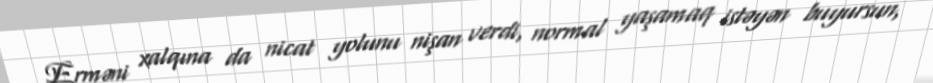
Erməni xalqına da nicat yolunu nişan verdi, normal yaşamaq istəyən buyursun,